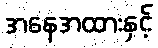
အနေအထားနှင့်